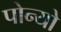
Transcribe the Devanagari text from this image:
पोन्यो